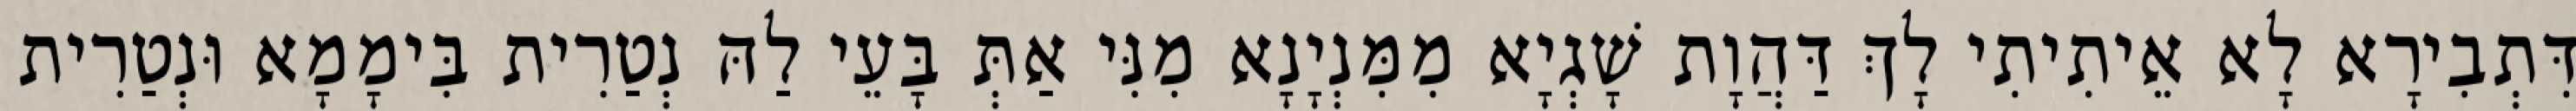
דִּתְבִירָא לָא אֵיתִיתִי לָךְ דַּהֲוָת שָׁגְיָא מִמִּנְיָנָא מִנִּי אַתְּ בָּעֵי לַהּ נְטַרִית בִּימָמָא וּנְטַרִית